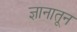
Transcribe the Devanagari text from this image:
ज्ञानातून